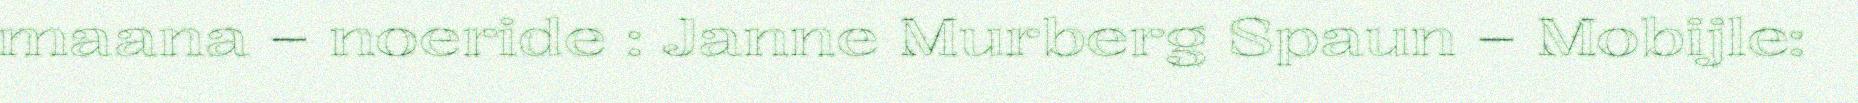
maana – noeride : Janne Murberg Spaun – Mobijle: